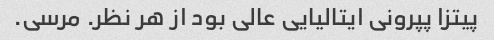
پیتزا پپرونی ایتالیایی عالی بود از هر نظر. مرسی.